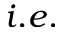
i . e .